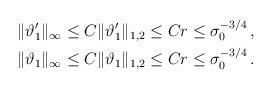
LaTeX: \begin{align*} \begin{aligned} \|\vartheta_1^\prime\|_\infty&\leq C\|\vartheta_1^\prime\|_{1,2}\leq Cr\leq \sigma_0^{-3/4}\,,\\\|\vartheta_1\|_\infty&\leq C \|\vartheta_1\|_{1,2}\leq Cr\leq \sigma_0^{-3/4}\,.\end{aligned}\end{align*}